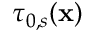
\tau _ { 0 , s } ( \mathbf { x } )